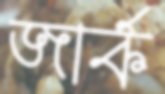
জার্ক